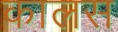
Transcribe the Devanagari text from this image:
कालस